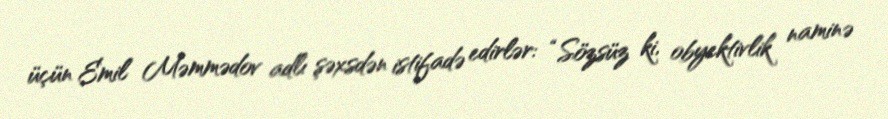
üçün Emil Məmmədov adlı şəxsdən istifadə edirlər: “Sözsüz ki, obyektivlik naminə